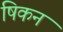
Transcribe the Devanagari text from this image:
षिकन